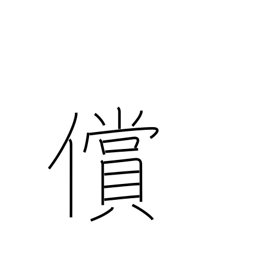
Meaning: recompense